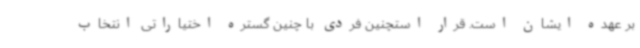
بر عهده ایشان است. قرار استچنین فردی با چنین گستره اختیاراتی انتخاب